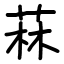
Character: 菻